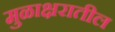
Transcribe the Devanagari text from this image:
मुळाक्षरातील